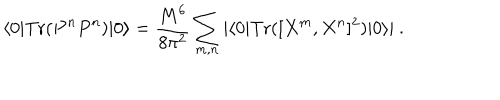
LaTeX: \langle 0 | \mathrm { T r } ( P ^ { n } P ^ { n } ) | 0 \rangle = \frac { M ^ { 6 } } { 8 \pi ^ { 2 } } \sum _ { m , n } | \langle 0 | \mathrm { T r } ( [ X ^ { m } , X ^ { n } ] ^ { 2 } ) | 0 \rangle | \ .